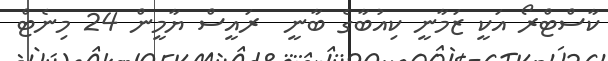
ކާސްޓްރޯ އަކީ ޒަމާނީ ކިއުބާގެ ބާނީ  ރައީސް ޔާމީން 24 މިނެޓް